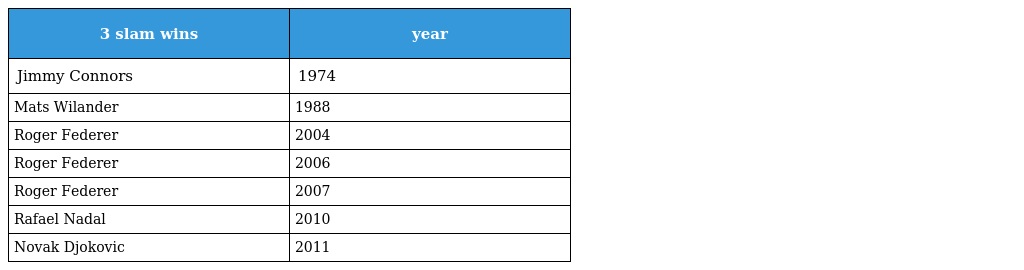
| 3 slam wins | year |
 | --- | --- |
 | Jimmy Connors | 1974 |
 | Mats Wilander | 1988 |
 | Roger Federer | 2004 |
 | Roger Federer | 2006 |
 | Roger Federer | 2007 |
 | Rafael Nadal | 2010 |
 | Novak Djokovic | 2011 |